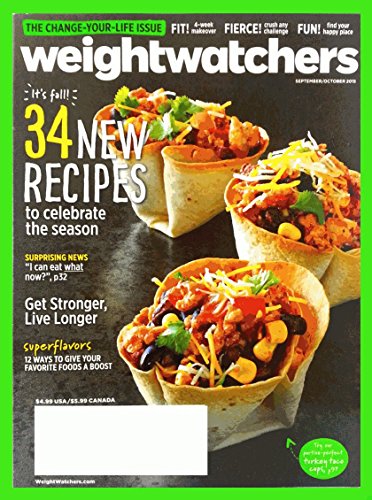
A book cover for Weight Watchers Magazine September October 2015 - 34 New Recipes; Health, Fitness & Dieting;